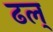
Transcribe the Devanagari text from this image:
ढल्